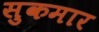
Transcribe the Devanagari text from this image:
सुकमार